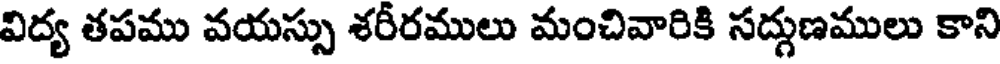
విద్య తపము వయస్సు శరీరములు మంచివారికి సద్గుణములు కాని